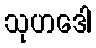
သုဟဒေါ